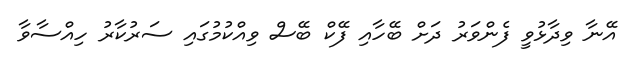
އޭނާ ވިދާޅުވީ ފެންވަރު ދަށް ބޭހާއި ފޭކް ބޭސް ވިއްކުމުގައި ސަރުކާރު ހިއްސާވާ